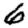
Digit: 6